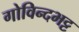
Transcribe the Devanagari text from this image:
गोविन्दभट्ट